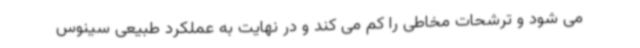
می شود و ترشحات مخاطی را کم می کند و در نهایت به عملکرد طبیعی سینوس